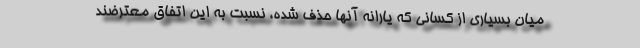
میان بسیاری از کسانی که یارانه آنها حذف شده، نسبت به این اتفاق معترضند